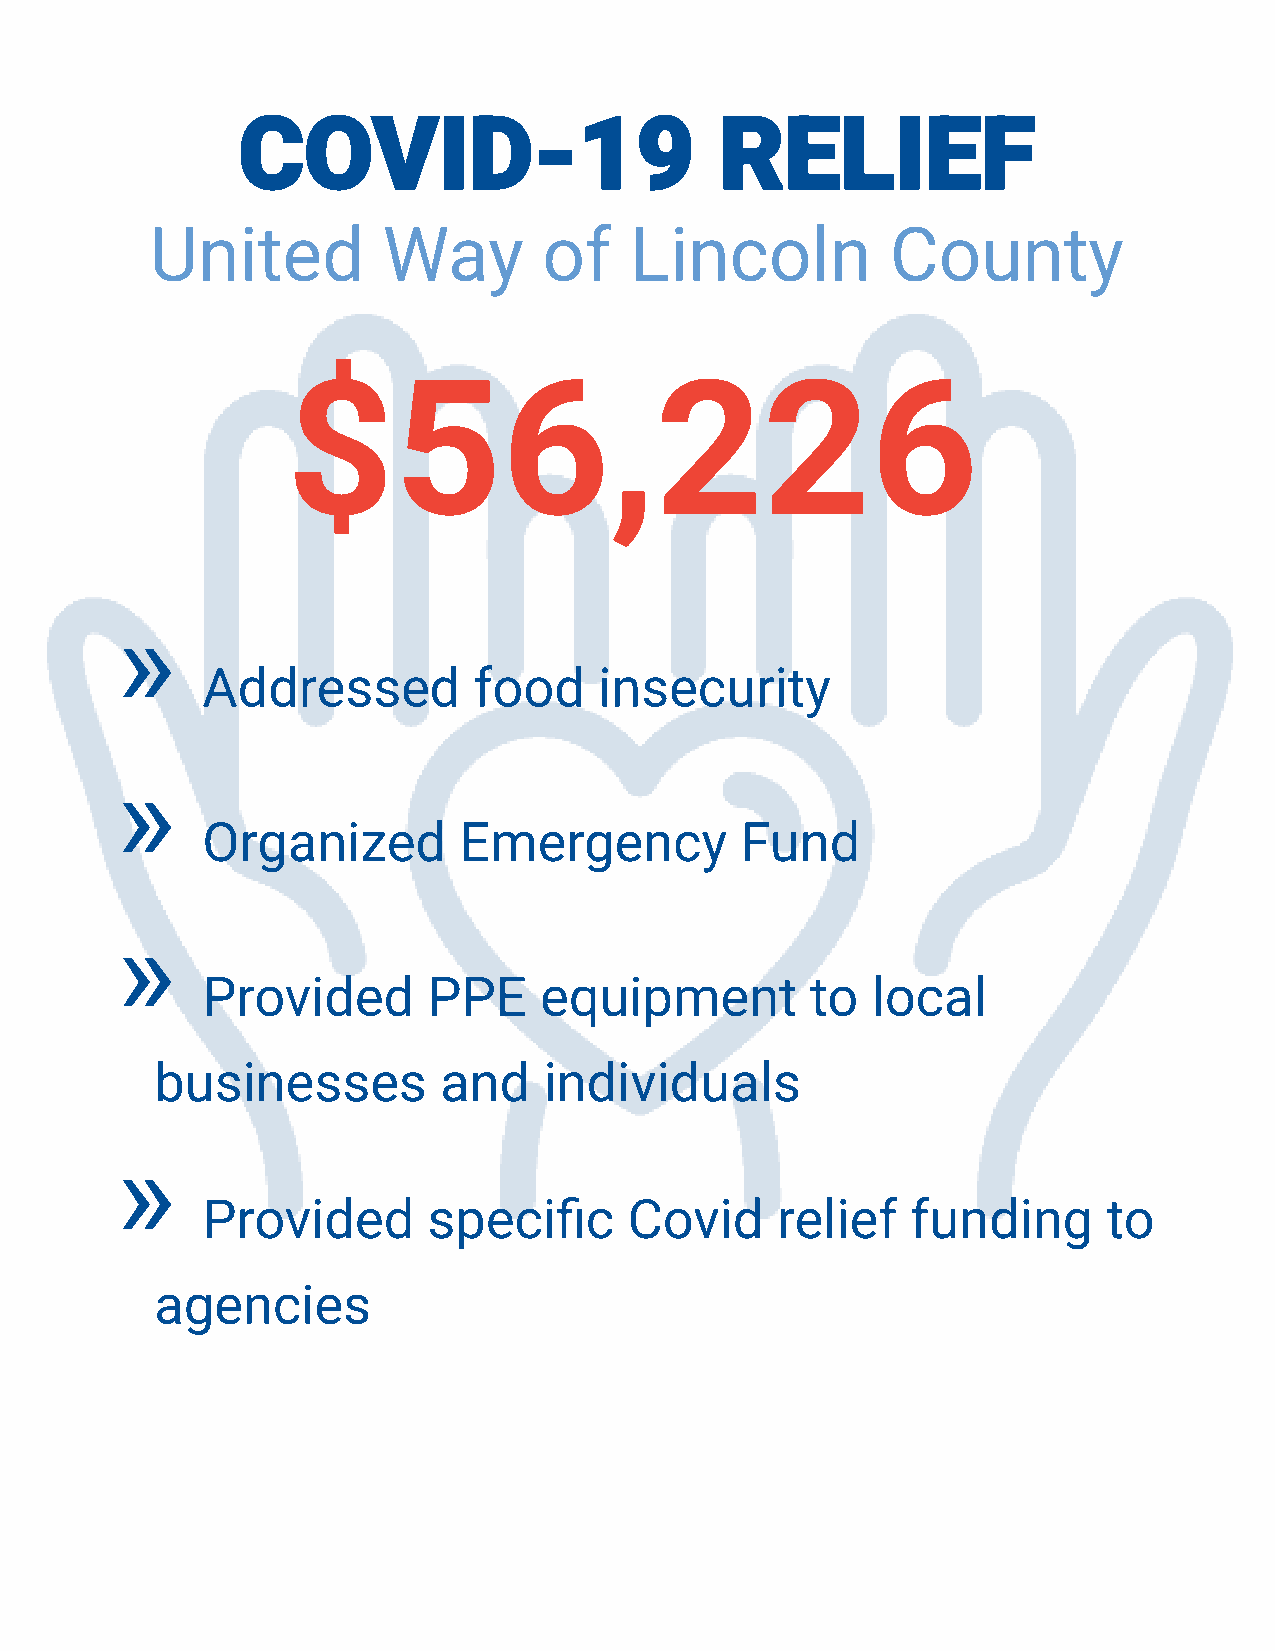
COVID-19                        RELIEF
 United         Way        of    Lincoln          County
 $56,226
 »
 Addressed         food     insecurity
 »
 Organized        Emergency          Fund
 »
 Provided       PPE     equipment         to  local
 businesses         and    individuals
 »
 Provided       specific      Covid    relief   funding      to
 agencies